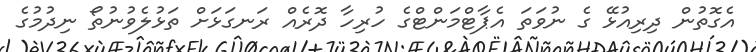
އެގޮތުން ދިރިއުޅޭ ގެ ނުވަތަ އެޕާޓްމަންޓްގެ ހުރިހާ ދޮރެއް ރަނގަޅަށް ތަޅުލެވުނުތޯ ނިދުމުގެ